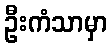
ဦးကံသာမှာ